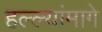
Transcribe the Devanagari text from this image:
हल्ल्यांमागे